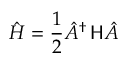
\hat { H } = \frac { 1 } { 2 } \hat { A } ^ { \dagger } \, { \sf H } \hat { A }